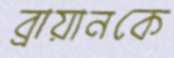
ব্রায়ানকে